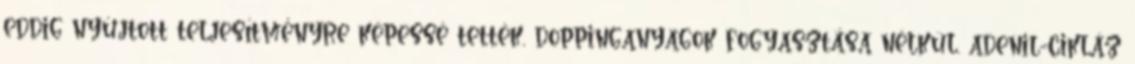
eddig nyújtott teljesítményre képessé tették, doppinganyagok fogyasztása nélkül. adenil-cikláz